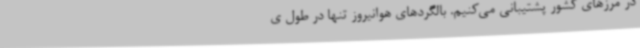
در مرزهای کشور پشتیبانی می‌کنیم. بالگردهای هوانیروز تنها در طول ی